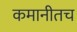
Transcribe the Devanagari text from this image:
कमानीतच